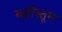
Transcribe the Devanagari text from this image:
बहीस्तून